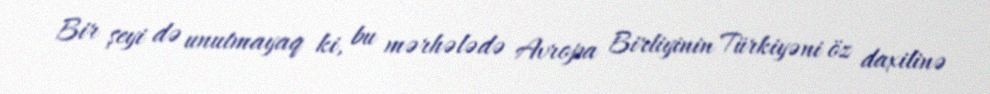
Bir şeyi də unutmayaq ki, bu mərhələdə Avropa Birliyinin Türkiyəni öz daxilinə